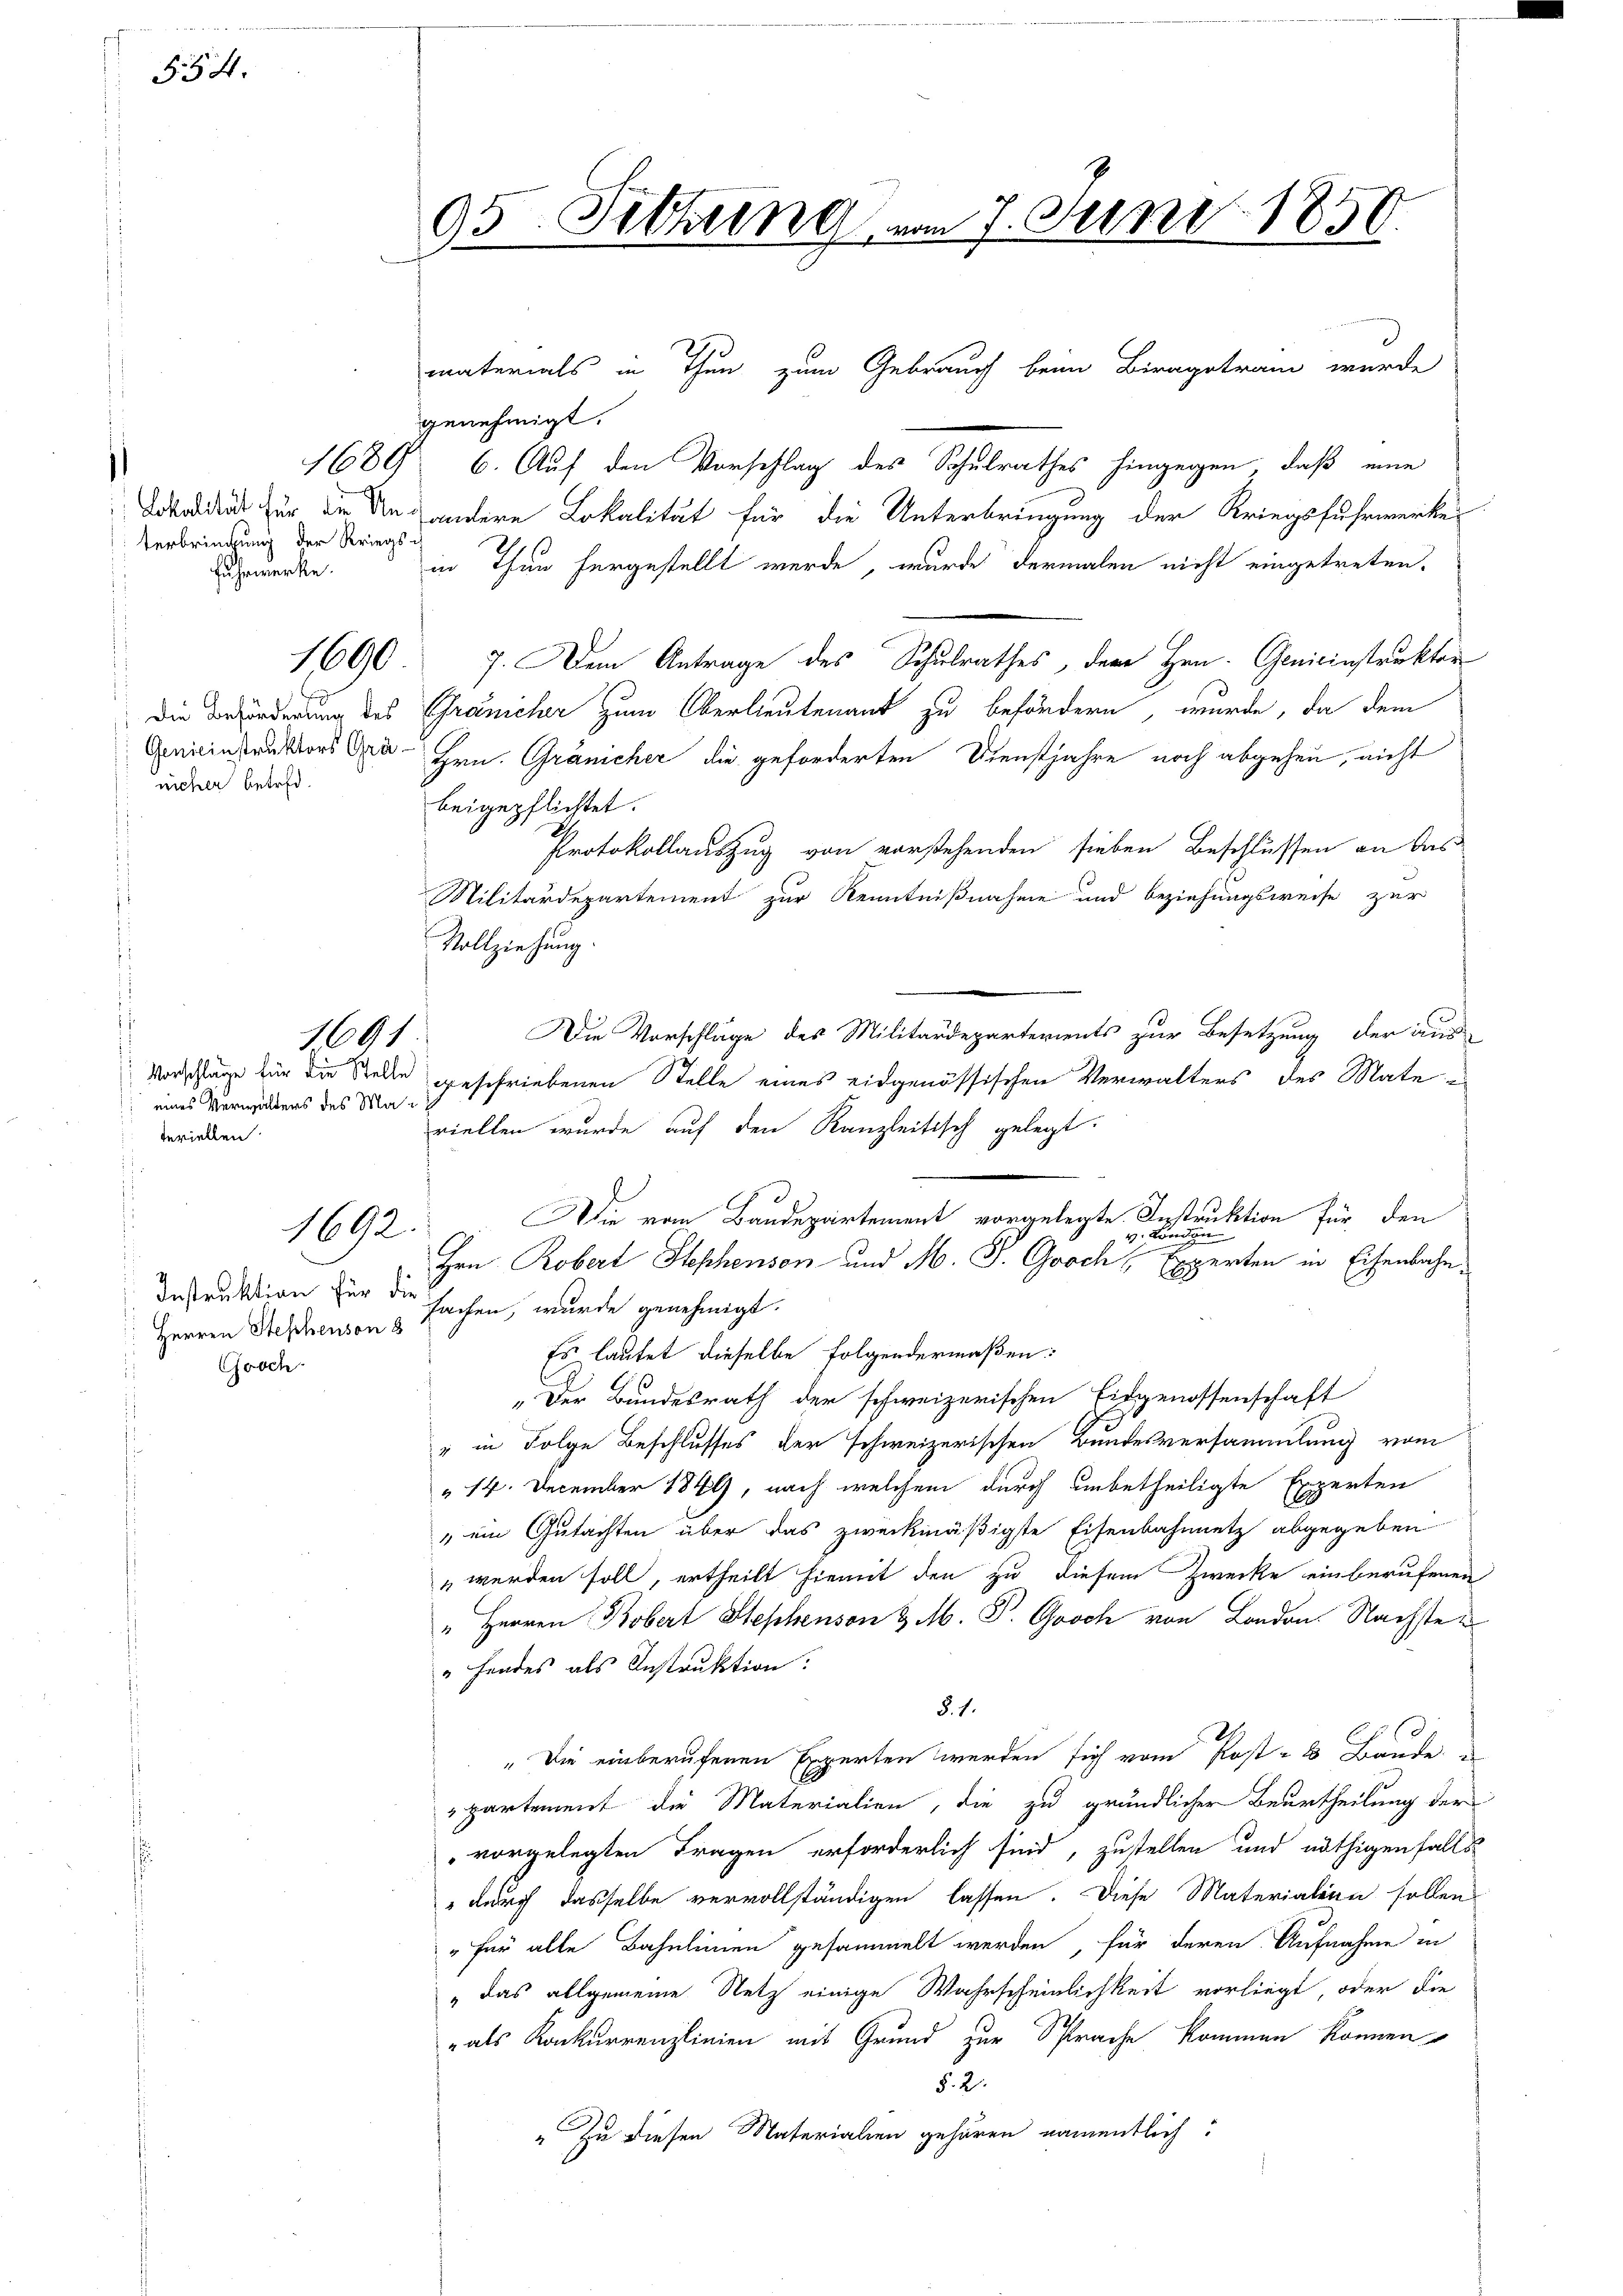
554.

terbrinckung der Kriegs¬
Fuhrwerke.

1689

1600

Die Beförderung des
Genieinstruktors Grä-
uicher betref¬

: eines Verwaltens des Materiellen.

1691

Instruktion für die
Groch

1692.

95. Sitzung vom 7. Juni 1850.

genehmigt.
6. Auf den Vorschlag des Schulrathes hingegen, daß eine
Lokalität für die Unandere Lokalität für die Unterbringung der Kriegsfuhrwerke
in Thun hergestellt werde, wurde dermalen nicht eingetreten.
7. Dem Antrage des Schulrathes, dem Hrn. Genieinstruktor
Gränicher zum Oberlieutenant zu befördern, wurde, da dem
Hrn. Gränicher die geforderten Dienstjahre noch abgehen, nicht
beigepflichtet.
Protokollauszug von vorstehenden sieben Beschlüssen an das
Militärdepartement zur Kenntnißnahme und beziehungsweise zur
Vollziehung.
Die Vorschläge des Militärdeparterients zur Besetzung der aus
Vorschläge für die Stelle geschriebenen Stelle eines eidgenössischen Verwalters des Materiellen wurde auf den Kanzleitisch gelegt.
Die vom Bandepartement vorgelegte Instruktion für den
v. Konze
Hrn. Robert Stephenson und M. J. Groch, Experten in Eisenbahn¬
Herren Stephenden 3 fachen, wurde genehmigt.
Es lautet dieselbe folgendermaßen:
„Der Bundesrath der schweizerischen Eidgenossenschaft
" in Folge Beschlusses der schweizerischen Bundesversammlung vom
" 14. December 1849, nach welchem durch unbetheiligte Experten
" ein Gutachten über das zweckmäßigste Eisenbahnnetz abgegeben
" werden soll, ertheilt hiemit den zu diesem Zwecke einberufenen
" Herren Bobert Stephenson & M. P. Gooch von London. Nächste
" Handes als Instruktion.
§. 1.
1
" Die einberufenen Experten werden sich vom Post - 6 Bande
partement die Materialien, die zu gründlicher Beurtheilung der
vorgelegten Fragen erforderlich sind, zustellen und nöthigenfalls
" durch dasselbe vervollständigen lassen. Diese Materialien sollen
" für alle Bahnlinien gesammelt werden, für deren Aufnahme in
"das allgemeine Netz einige Wahrscheinlichkeit vorliegt, oder die
" als Konkurrenzlinien mit Grund zur Sprache kommen können
§. 2.
 Zu diesen Materialien gehören namentlich:

materials in Thun zum Gebrauch beim Biragetram wurde